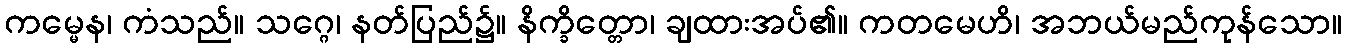
ကမ္မေန၊ ကံသည်။ သဂ္ဂေ၊ နတ်ပြည်၌။ နိက္ခိတ္တော၊ ချထားအပ်၏။ ကတမေဟိ၊ အဘယ်မည်ကုန်သော။